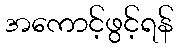
အကောင့်ဖွင့်ရန်